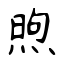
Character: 煦